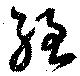
脛